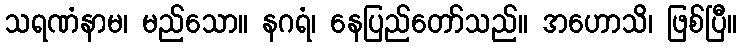
သရဏံနာမ၊ မည်သော။ နဂရံ၊ နေပြည်တော်သည်။ အဟောသိ၊ ဖြစ်ပြီ။